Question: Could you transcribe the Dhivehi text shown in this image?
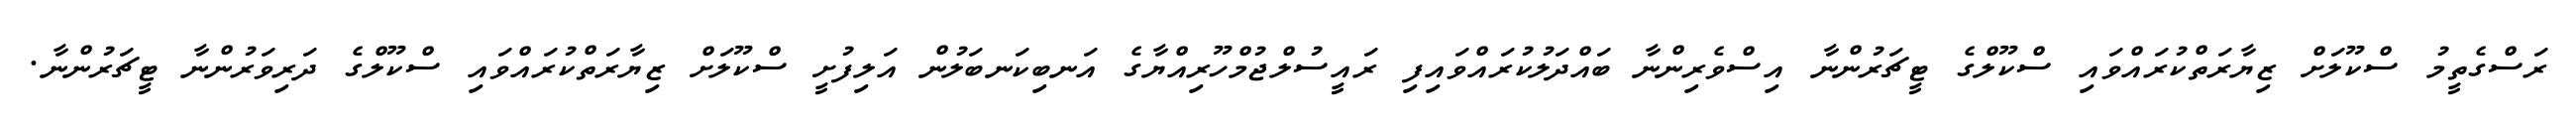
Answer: ރަސްގެތީމު ސްކޫލަށް ޒިޔާރަތްކުރައްވައި ސްކޫލްގެ ޓީޗަރުންނާ އިސްވެރިންނާ ބައްދަލުކުރައްވައިފި ރައީސުލްޖުމްހޫރިއްޔާގެ އަނބިކަނބަލުން އަލިފުށީ ސްކޫލަށް ޒިޔާރަތްކުރައްވައި ސްކޫލްގެ ދަރިވަރުންނާ ޓީޗަރުންނާ.